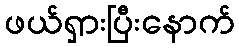
ဖယ်ရှားပြီးနောက်